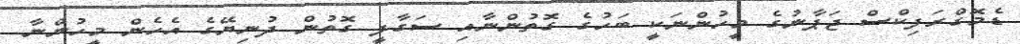
ޑެމޮގްރަފިކްސް ޖަޕާނުގެ މީހުންނަކީ ބަހުގެ ގޮތުންނާއިި ސަގާފީ ގޮތުން ދުނިޔޭގެ އެހެން މީހުންނާ